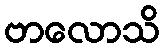
ဗာလောသိ